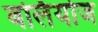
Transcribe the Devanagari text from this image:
बर्लियोज